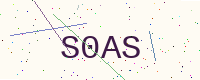
Text: S0AS